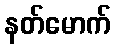
နတ်မောက်